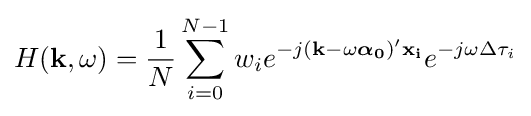
H(\mathbf {k} ,\omega )={\frac {1}{N}}\sum _{i=0}^{N-1}w_{i}e^{-j(\mathbf {k} -\omega {\boldsymbol {\alpha _{0}}})'\mathbf {x_{i}} }e^{-j\omega \Delta \tau _{i}}